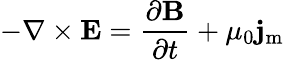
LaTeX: -\nabla\times\mathbf{E}={\frac{\partial\mathbf{B}}{\partial t}}+\mu_{0}\mathbf{j}_{\mathrm{m}}